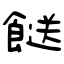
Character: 餸